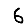
Digit: 6